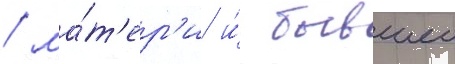
/ ма́т'ер'и и́ бывшеи